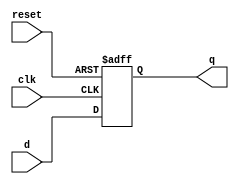
module Flop_Reset #(
    parameter WIDTH = 8
) (
    input clk, reset,
    input [WIDTH-1:0] d,
    output reg [WIDTH-1:0] q
);
    
    // Generating Flip-Flops
    always@(posedge clk, posedge reset)
        if(reset)
            q <= 0;
        else
            q <= d;
endmodule